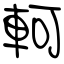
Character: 軻